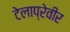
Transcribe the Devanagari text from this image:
टेलाप्रेवीर